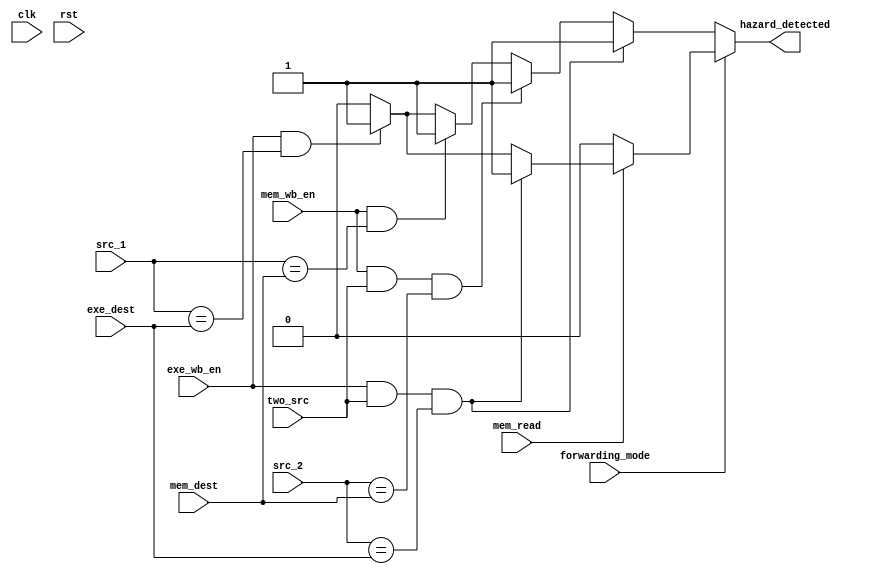
module HazardDetectionUnit (input clk, rst, input [3:0]src_1, src_2, exe_dest, input exe_wb_en,
  input [3:0]mem_dest, input mem_wb_en, two_src, forwarding_mode, mem_read, output reg hazard_detected);
  
  always @ (*) begin
    hazard_detected = 1'b0;
    if (forwarding_mode) begin
      if (mem_read) begin
        if (exe_wb_en && (src_1 == exe_dest)) hazard_detected = 1'b1;
        if (exe_wb_en && two_src && (src_2 == exe_dest))  hazard_detected = 1'b1;
      end
    end else begin
      if (exe_wb_en && (src_1 == exe_dest)) hazard_detected = 1'b1;
      if (mem_wb_en && (src_1 == mem_dest)) hazard_detected = 1'b1;
      if (mem_wb_en && two_src && (src_2 == mem_dest)) hazard_detected = 1'b1;
      if (exe_wb_en && two_src && (src_2 == exe_dest))  hazard_detected = 1'b1;
    end
  end

    /* always @ (*) begin
      hazard_detected = 1'b0;
      if (exe_wb_en && (src_1 == exe_dest)) hazard_detected = 1'b1;
      if (exe_wb_en && two_src && (src_2 == exe_dest)) hazard_detected = 1'b1;
      if (mem_wb_en && (src_1 == mem_dest)) hazard_detected = 1'b1;
      if (mem_wb_en && two_src && (src_2 == mem_dest)) hazard_detected = 1'b1;
    end */

endmodule